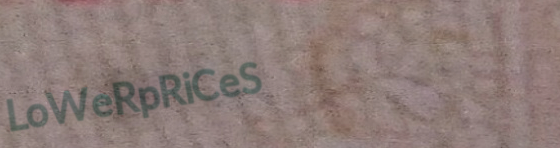
LoWeRpRiCeS